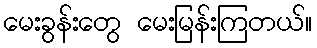
မေးခွန်းတွေ မေးမြန်းကြတယ်။